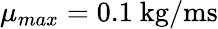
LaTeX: \mu_{max}=0.1~{\textrm{kg}}/{\textrm{ms}}